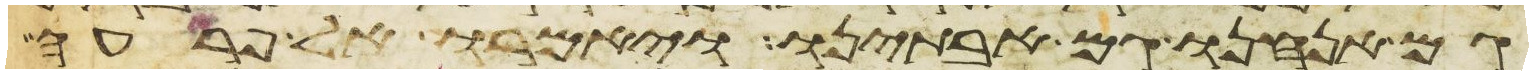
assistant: גם אנחנו גם אבתינו ויאמרו אל פרעה